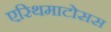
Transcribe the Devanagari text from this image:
एरिथमाटोसस